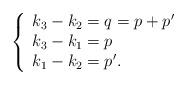
LaTeX: \begin{align*}\left\{ \begin{array}{l}k_{3}-k_{2}=q=p+p^{\prime } \\ k_{3}-k_{1}=p \\ k_{1}-k_{2}=p^{\prime }.\end{array}\right.\end{align*}